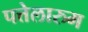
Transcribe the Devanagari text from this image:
पत्तेलारुम